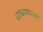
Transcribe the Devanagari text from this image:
साचण्यास